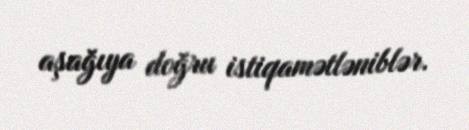
aşağıya doğru istiqamətləniblər.